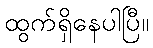
ထွက်ရှိနေပါပြီ။